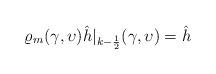
LaTeX: \begin{align*}{\varrho_m(\gamma,\upsilon)} \hat h |_{k-\frac12} (\gamma,\upsilon) = \hat h\end{align*}